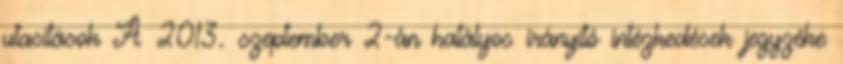
utasítások A 2013. szeptember 2-án hatályos irányító intézkedések jegyzéke